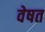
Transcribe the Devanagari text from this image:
वेषत